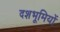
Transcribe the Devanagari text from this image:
दशभूमियों